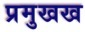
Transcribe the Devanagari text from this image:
प्रमुखख